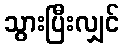
သွားပြီးလျှင်